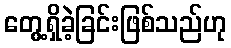
တွေ့ရှိခဲ့ခြင်းဖြစ်သည်ဟု